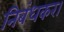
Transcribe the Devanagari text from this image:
निबंधकर।